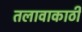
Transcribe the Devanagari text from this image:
तलावाकाठी